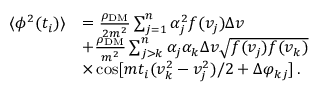
\begin{array} { r l } { \langle \phi ^ { 2 } ( t _ { i } ) \rangle } & { = \frac { \rho _ { \mathrm { D M } } } { 2 m ^ { 2 } } \sum _ { j = 1 } ^ { n } \alpha _ { j } ^ { 2 } f ( v _ { j } ) \Delta v } \\ & { + \frac { \rho _ { \mathrm { D M } } } { m ^ { 2 } } \sum _ { j > k } ^ { n } \alpha _ { j } \alpha _ { k } \Delta v \sqrt { f ( v _ { j } ) f ( v _ { k } ) } } \\ & { \times \cos [ m t _ { i } ( v _ { k } ^ { 2 } - v _ { j } ^ { 2 } ) / 2 + \Delta \varphi _ { k j } ] \, . } \end{array}